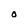
Character: O